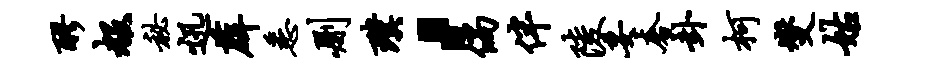
醪赧秘迅薜悉删璞，倘伴陵妥奢卦柯燮姑